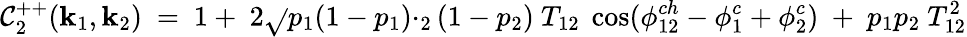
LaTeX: \mathcal{C}_{2}^{++}({\mathbf{k}}_{1},{\mathbf{k}}_{2})\ =\ 1+\ 2\sqrt{}{{p_{1}(1-p_{1})\cdotp_{2}(1-p_{2})}}\ T_{12}\ \cos(\phi_{12}^{ch}-\phi_{1}^{c}+\phi_{2}^{c})\ +\ p_{1}p_{2}\ T_{12}^{2}